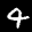
Label: 4